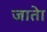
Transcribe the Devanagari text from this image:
जातेा